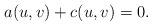
LaTeX: \begin{align*}a(u, v) + c(u,v) = 0.\end{align*}